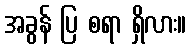
အခွန် ပြ စရာ ရှိလား။